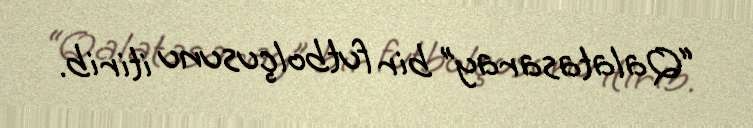
“Qalatasaray” bir futbolçusunu itirib.